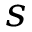
s